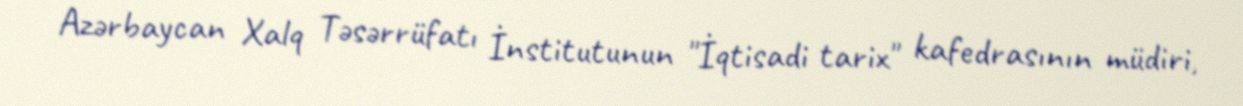
Azərbaycan Xalq Təsərrüfatı İnstitutunun "İqtisadi tarix" kafedrasının müdiri,